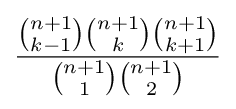
{\frac {{\binom {n+1}{k-1}}{\binom {n+1}{k}}{\binom {n+1}{k+1}}}{{\binom {n+1}{1}}{\binom {n+1}{2}}}}